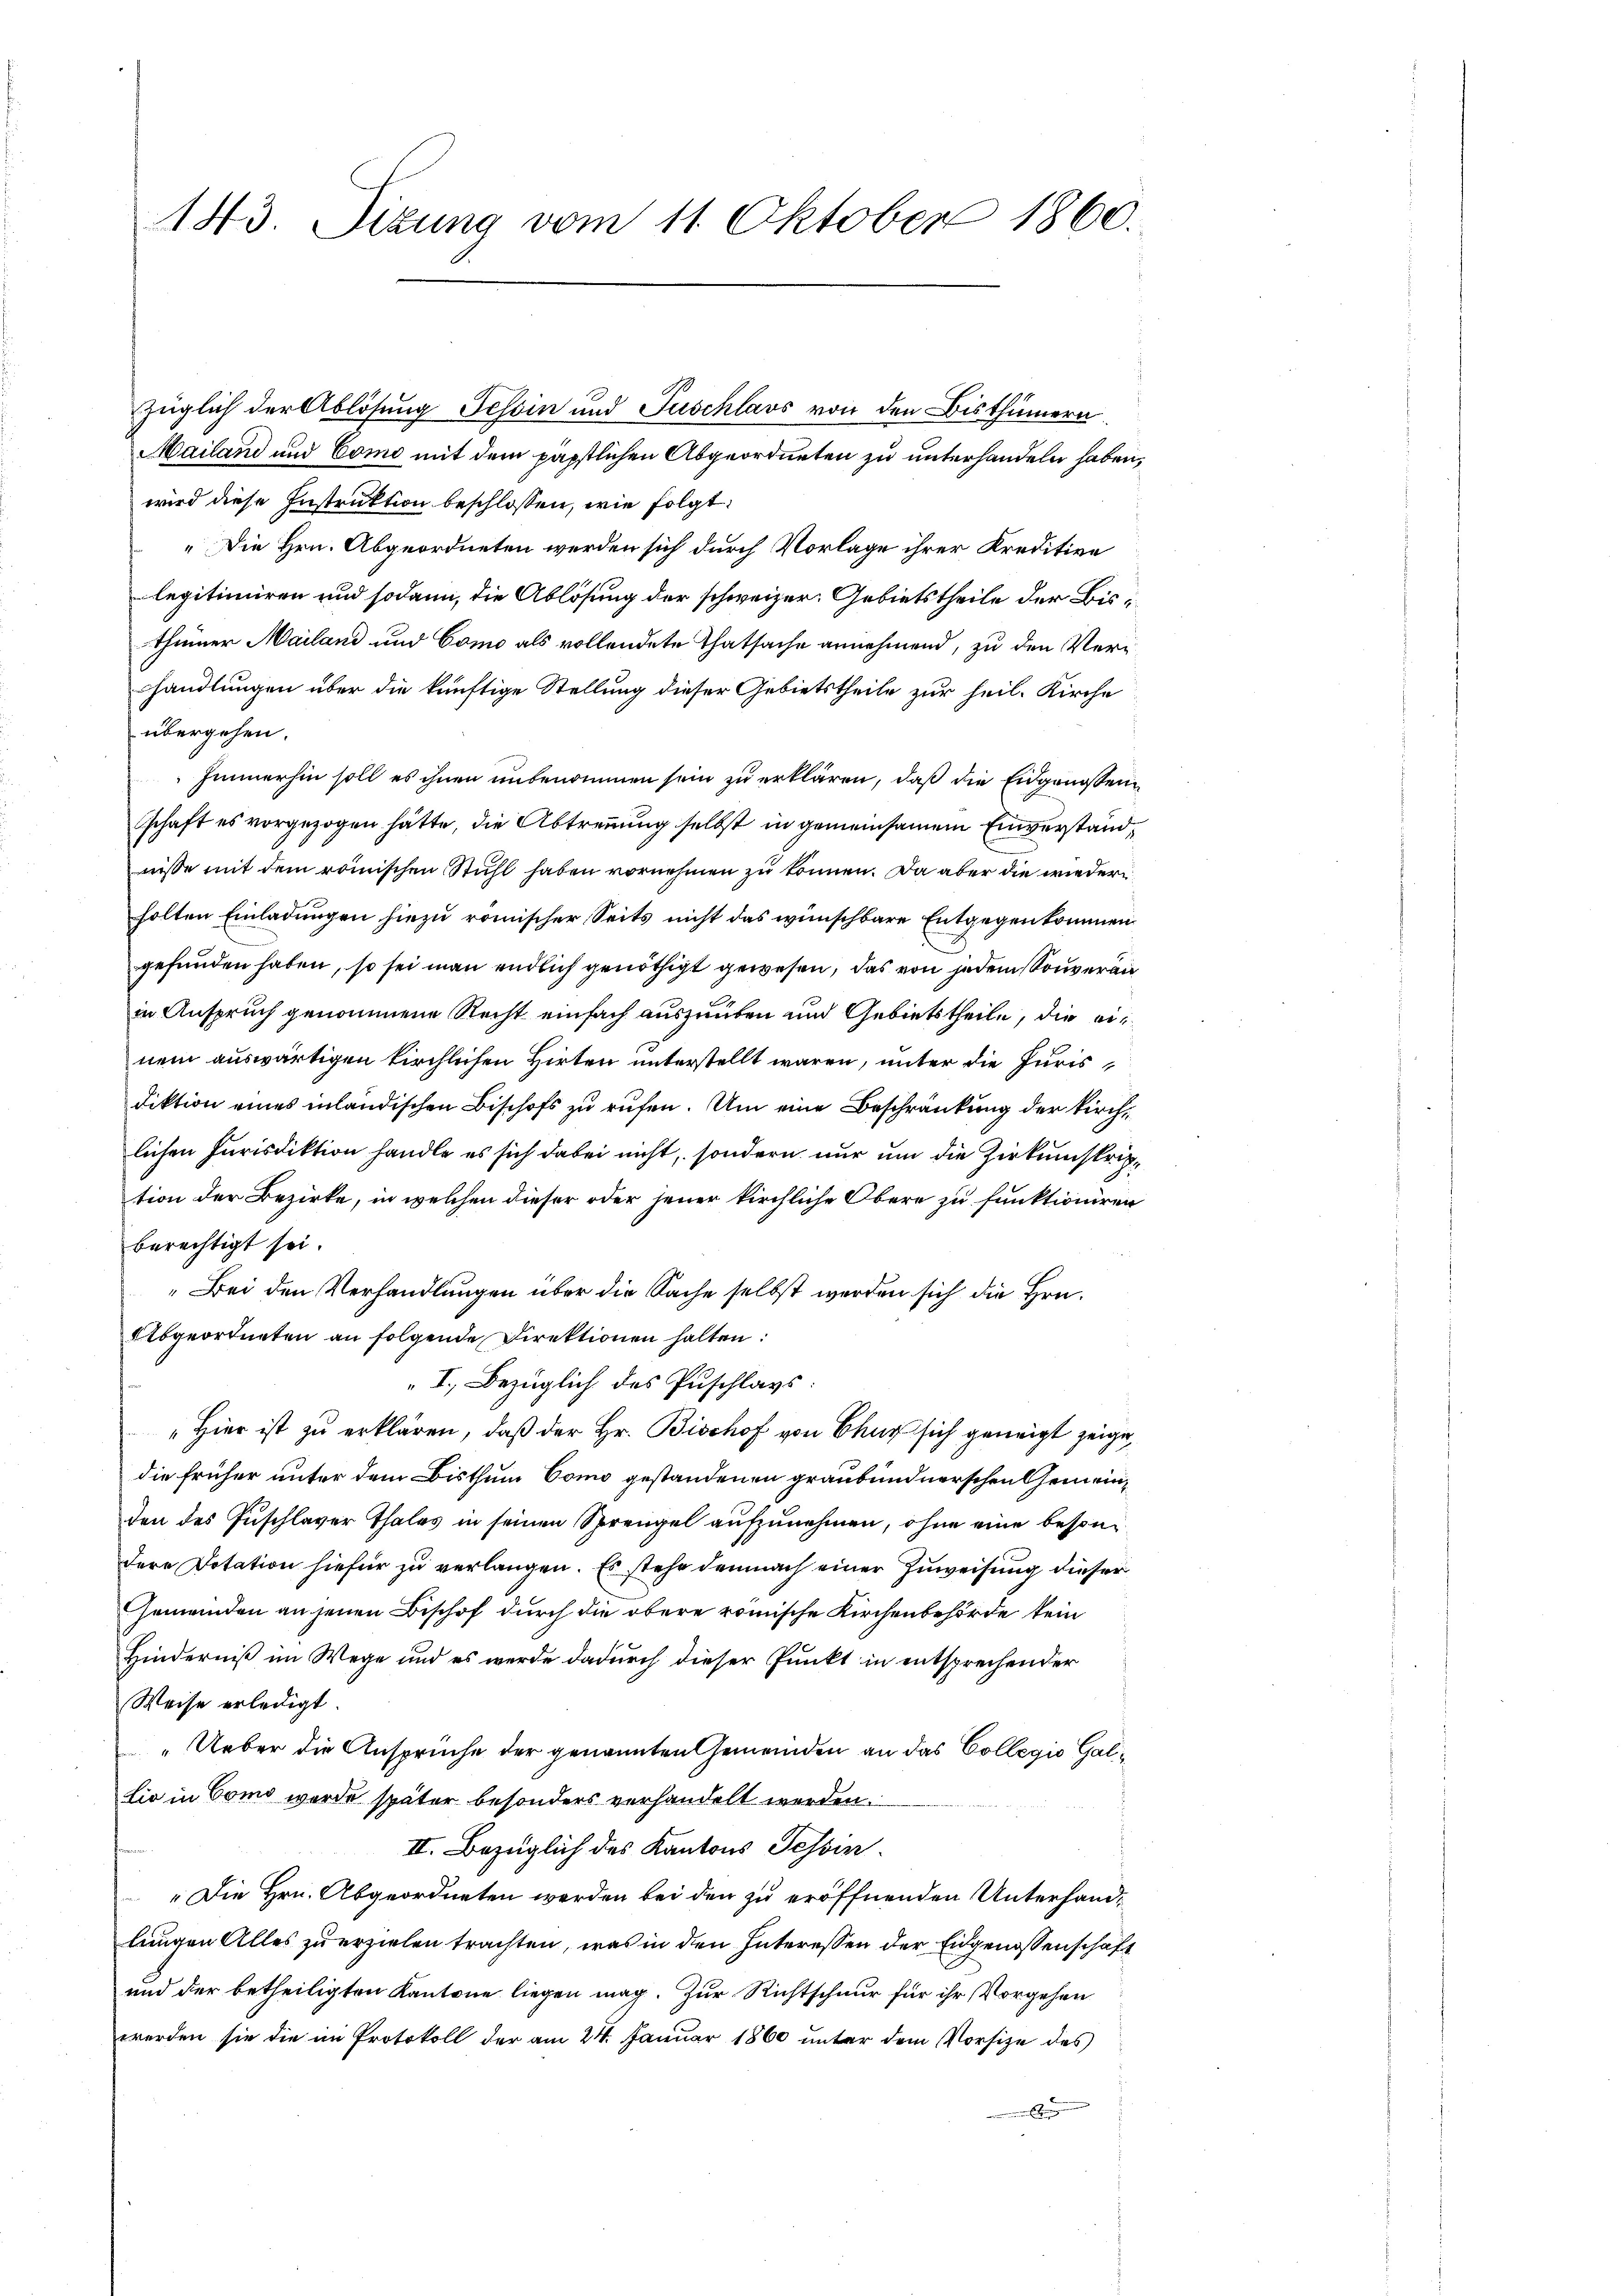
143. Sizung vom 11. Oktober 1860.

Mailand und Como mit dem päpstlichen Abgeordneten zu unterhandeln haben,
wird diese Instruktion beschlossen, wie folgt:
„Die Hrn. Abgeordneten werden sich durch Vorlage ihrer Kreditive
legitimiren und sodann, die Ablösung der schweizer. Gebietstheile der Bisthümer Mailand und Como als vollendete Thatsache annehmend, zu den Verhandlungen über die künftige Stellung dieser Gebietstheile zur heil. Kirche
übergehen.
Immerhin soll es ihnen unbenommen sein zu erklären, daß die Eidgenossenschaft es vorgezogen hätte, die Abtrennung selbst in gemeinsamem Einverständnisse mit dem römischen Stuhl haben vornehmen zu können. Da aber die wiederholten Einladungen hiezu römischer Seits nicht das wünschbare Entgegenkommen
gefunden haben, so sei man endlich genöthigt gewesen, das von jedem Souveran
in Anspruch genommene Recht einfach auszuüben und Gebietstheile, die einem auswärtigen kirchlichen Hirten unterstellt waren, unter die Jurisdiktion eines inländischen Bischofs zu rufen. Um eine Beschränkung der Kirchlichen Jurisdiktion handle es sich dabei nicht, sondern nur um die Zirkumskription der Bezirke, in welchen dieser oder jener kirchliche Obere zu funktioniren
berechtigt sei.
Bei den Verhandlungen über die Sache selbst werden sich die Hrn.
Abgeordneten an folgende Direktionen halten:
I. Bezüglich des Zuschlags:
"Hier ist zu erklären, daß der Hr. Bischof von Chur sich geneigt zeige,
die früher unter dem Bisthum Como gestandenen graubündnerschen Gemeinden des Puschlaver Thales in seinen Sprengel aufzunehmen, ohne eine besondere Dotation hiefür zu verlangen. Es stehe demnach einer Zuweisung dieser
Gemeinden an jenen Beschof durch die obere römische Kirchenbehörde kein
Hinderniß im Wege und es werde dadurch dieser Punkt in entsprechender
Weise erledigt.
„Ueber die Ansprüche der genannten Gemeinden an das Collegio Galtio in Como wurde später besonders verhandelt werden.
II. Bezüglich des Kantons Tessin.
„Die Hrn. Abgeordneten werden bei den zu eröffnenden Unterhandlungen Alles zu erzielen trachten, was in den Interessen der Eidgenossenschaft
und der betheiligten Kantone liegen mag. Zur Richtschnur für ihr Vorgehen
werden sie die im Protokoll der am 24. Januar 1860 unter dem Vorsize des
s

züglich der Ablösung Tessin und Tuschlavs von den Bisthümern